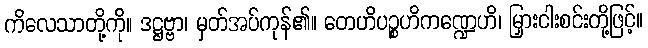
ကိလေသာတို့ကို။ ဒဋ္ဌဗ္ဗာ၊ မှတ်အပ်ကုန်၏။ တေဟိပဉ္စဟိကဏ္ဍေဟိ၊ မြှားငါးစင်းတို့ဖြင့်။